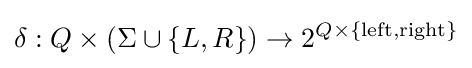
\delta :Q\times (\Sigma \cup \{L,R\})\rightarrow 2^{Q\times \{\mathrm {left,right} \}}